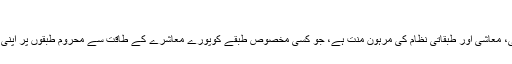
… محروم طبقے کی آواز | PAMIR TIMES
معاشرے میں ذات پات کی تفریق سیاسی، سماجی، معاشی اور طبقاتی نظام کی مرہونِ منت ہے، جو کسی مخصوص طبقے کوپورے معاشرے کے طاقت سے محروم طبقوں پر اپنی اجار ہ داری قائم کرنے میں مدد فراہم کرتی ہے۔